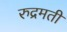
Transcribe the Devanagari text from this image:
रुद्रमती